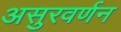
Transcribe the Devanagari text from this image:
असुरवर्णन